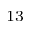
^ { 1 3 }